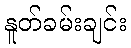
နူတ်ခမ်းချင်း